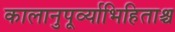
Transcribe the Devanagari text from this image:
कालानुपूर्व्याभिहिताश्च